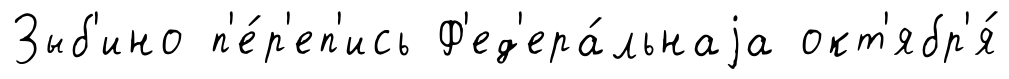
Зыб'ино п'е́р'еп'ись Ф'ед'ера́льнаjа окт'ябр'я́